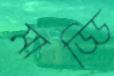
মাড্ডি